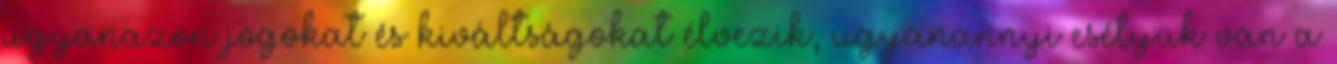
ugyanazon jogokat és kiváltságokat élvezik, ugyanannyi esélyük van a